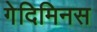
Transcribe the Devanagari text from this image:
गेदिमिनस